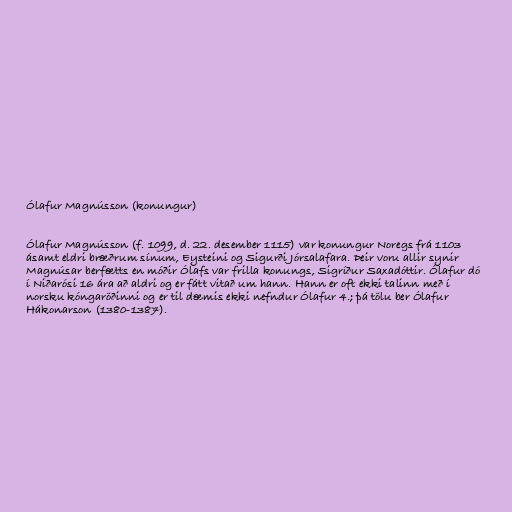
Ólafur Magnússon (konungur)

Ólafur Magnússon (f. 1099, d. 22. desember 1115) var konungur Noregs frá 1103
ásamt eldri bræðrum sínum, Eysteini og Sigurði Jórsalafara. Þeir voru allir synir
Magnúsar berfætts en móðir Ólafs var frilla konungs, Sigríður Saxadóttir. Ólafur dó
í Niðarósi 16 ára að aldri og er fátt vitað um hann. Hann er oft ekki talinn með í
norsku kóngaröðinni og er til dæmis ekki nefndur Ólafur 4.; þá tölu ber Ólafur
Hákonarson (1380-1387).